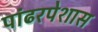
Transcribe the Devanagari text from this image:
पांढरपेशास